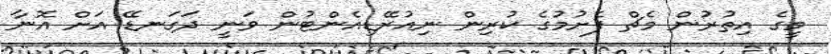
މީގެ އިތުރުން މެޗް ފެށުމުގެ ކުރިން ނިއުރޭޑިއެންޓުން ވަނީ ދަގަނޑޭ އަށް އޮނާ